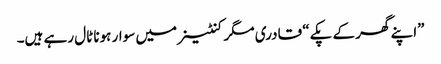
”اپنے گھر کے پکے“ قادری مگر کنٹینر میں سوار ہونا ٹال رہے ہیں۔